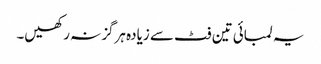
یہ لمبائی تین فٹ سے زیادہ ہرگز نہ رکھیں۔